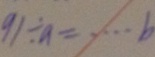
9 1 \div a = \cdots b